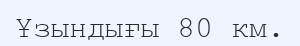
Ұзындығы 80 км.